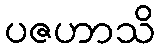
ပဇဟာသိ